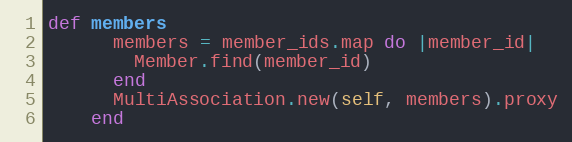
Language: Ruby
def members
      members = member_ids.map do |member_id|
        Member.find(member_id)
      end
      MultiAssociation.new(self, members).proxy
    end